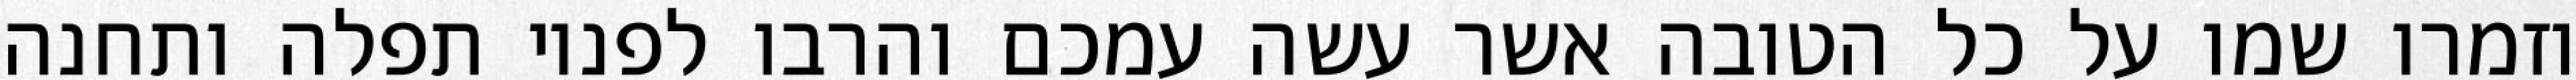
וזמרו שמו על כל הטובה אשר עשה עמכם והרבו לפניו תפלה ותחנה